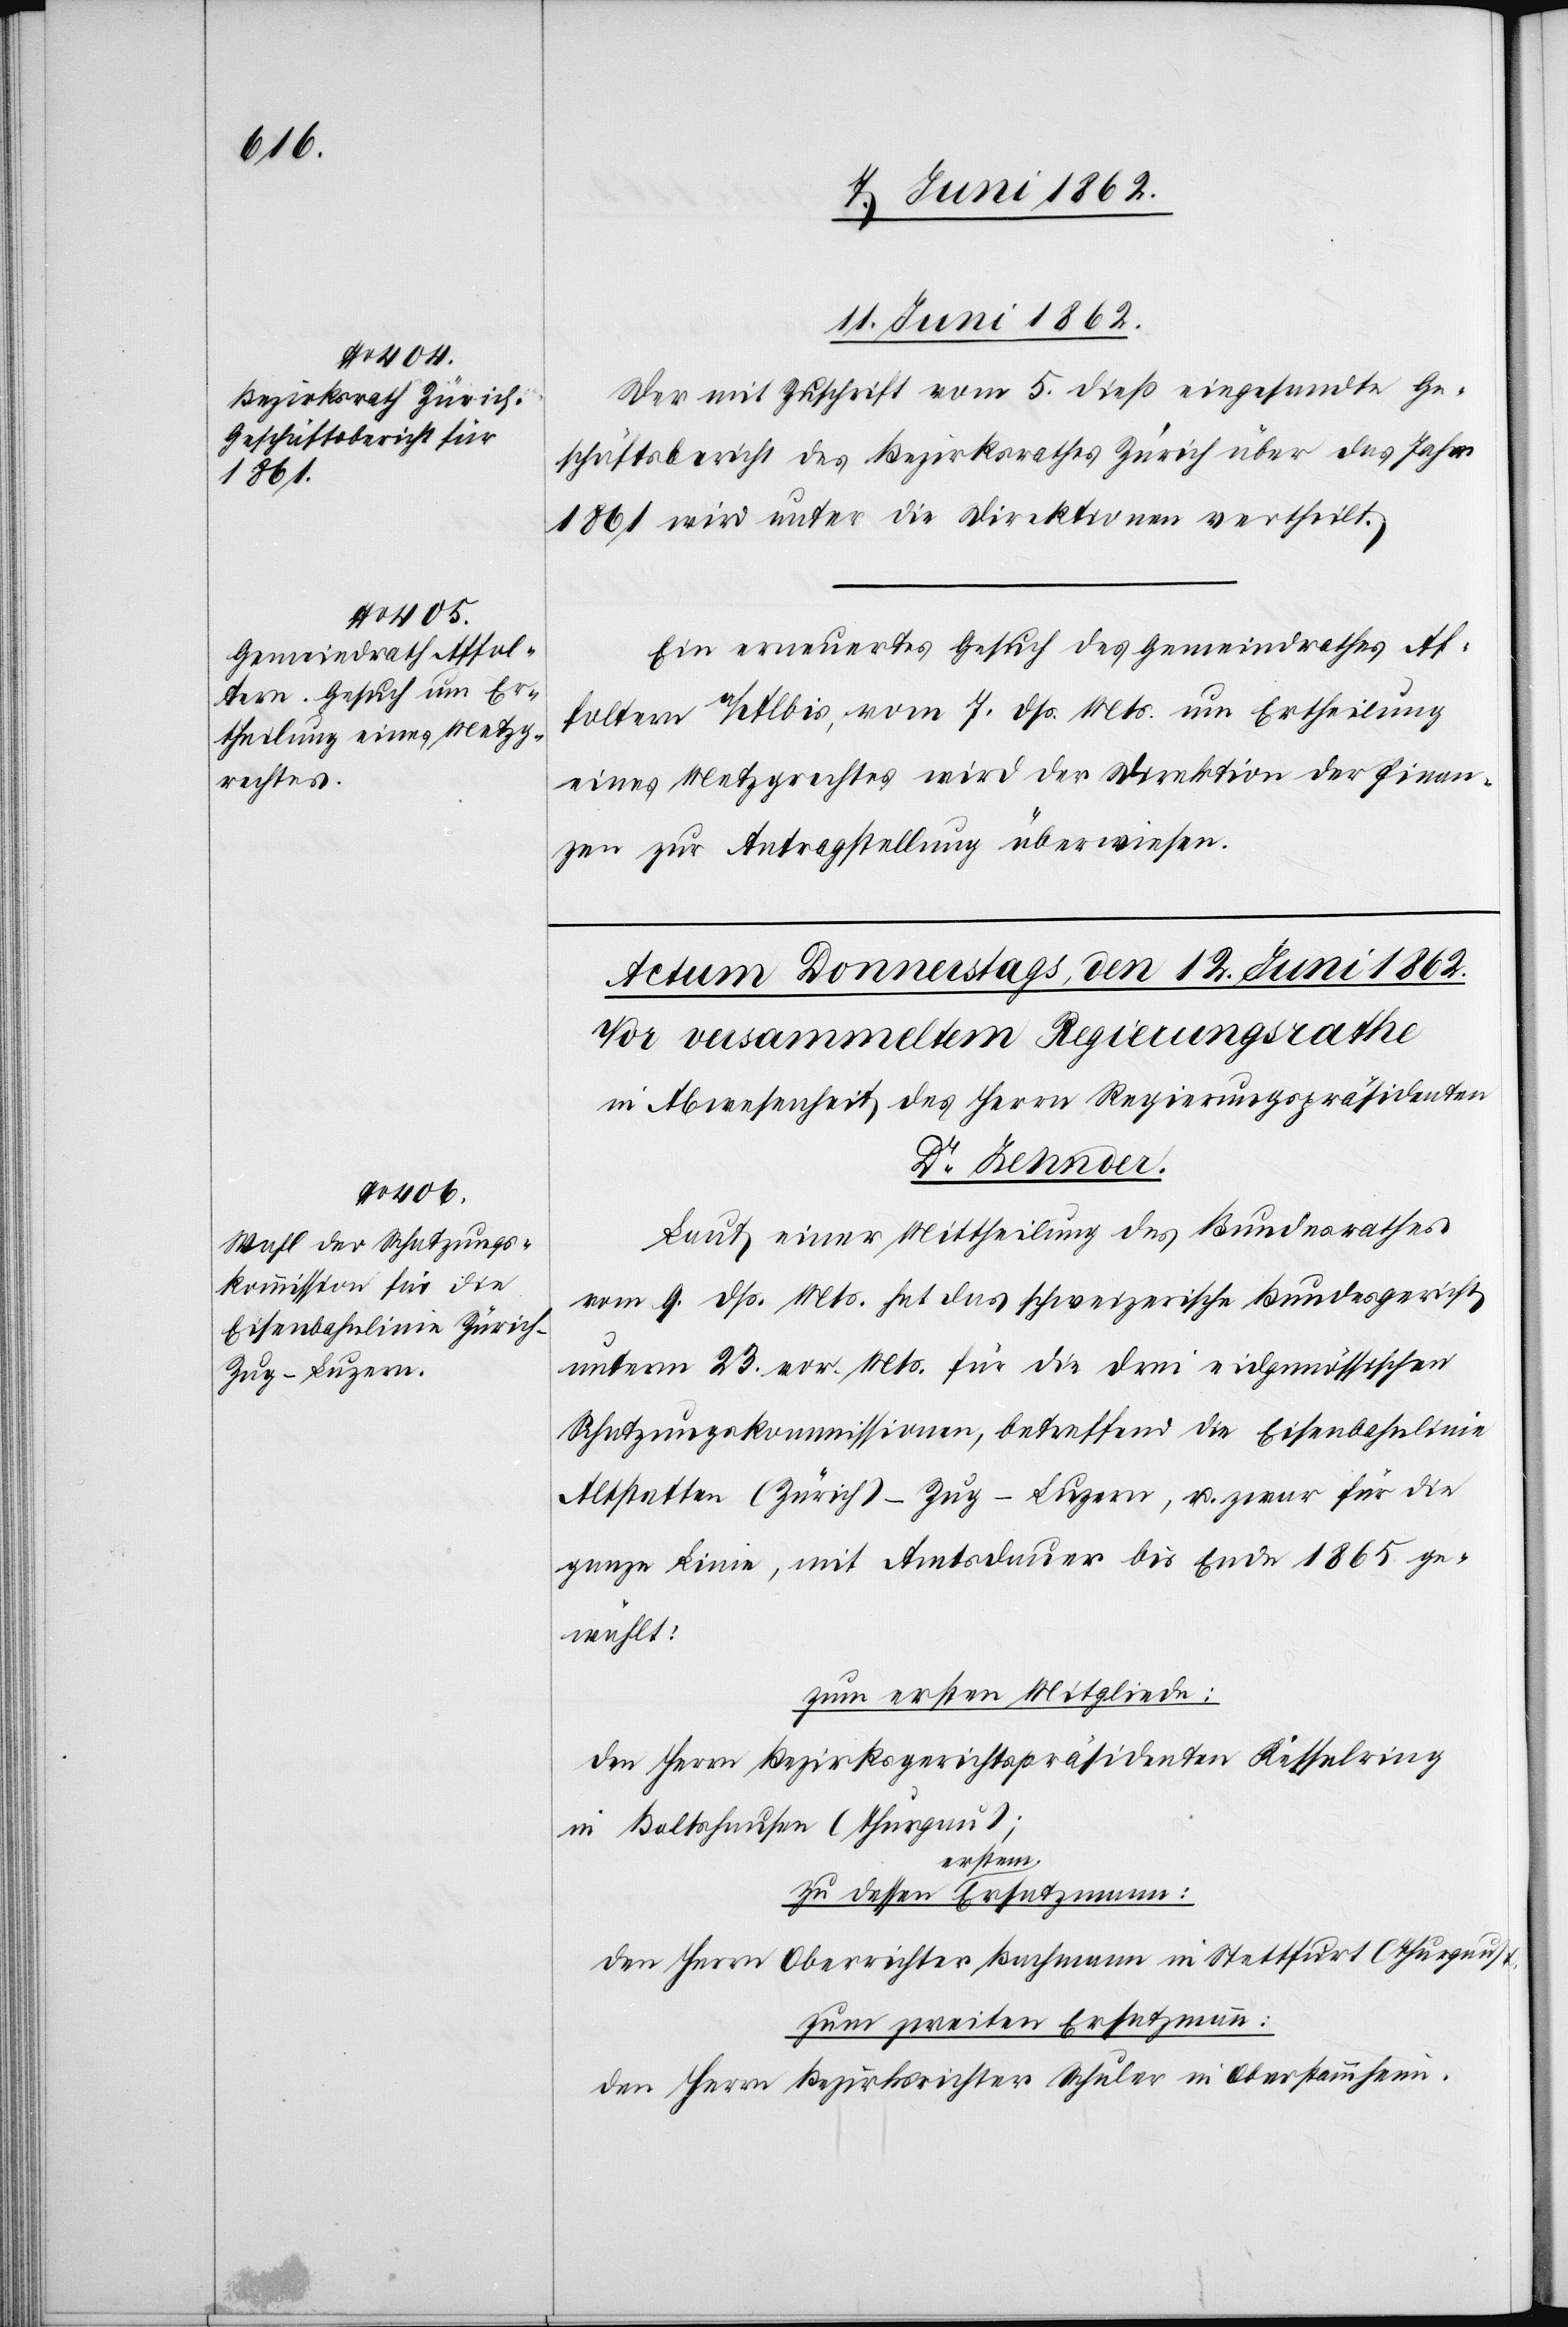
11. Juni 1862.]
Der mit Zuschrift vom 5. dieß eingesandte Ge¬
schäftsbericht des Bezirksrathes Zürich über das Jahr
1861 wird unter die Direktionen vertheilt.
Ein erneuertes Gesuch des Gemeindrathes Af¬
foltern a/Albis, vom 7. dß. Mts. um Ertheilung
eines Metzgrechtes wird der Direktion der Finan¬
zen zur Antragstellung überwiesen.
Laut einer Mittheilung des Bundesrathes
Schatzungskommissionen, betreffend die Eisenbahnlinie
Altstetten (Zürich)-Zug-Luzern, u. zwar für die
ganze Linie, mit Amtsdauer bis Ende 1865 ge¬
wählt:
zum ersten Mitgliede:
den Herrn Bezirksgerichtspräsidenten Kesselring
in Baltshausen (Thurgau);
erstem
den Herrn Oberrichter Bachmann in Stattfurt (Thurgau)
zum zweiten Ersatzmann:
den Herrn Bezirksrichter Schuler in Oberstammheim.